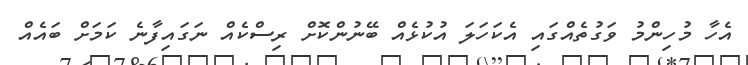
އެހާ މުހިންމު ވަގުތެއްގައި އެކަހަލަ އުުކުޅެއް ބޭނުންކޮށް ރިސްކެއް ނަގައިފާނެ ކަމަށް ބައެއް